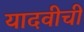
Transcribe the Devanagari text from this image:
यादवीची